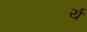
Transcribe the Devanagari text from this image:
र्य